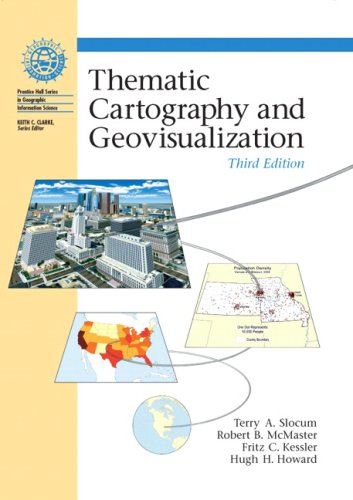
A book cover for Thematic Cartography and Geovisualization, 3rd Edition; Terry A. Slocum; Science & Math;